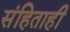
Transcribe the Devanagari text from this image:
संहिताही